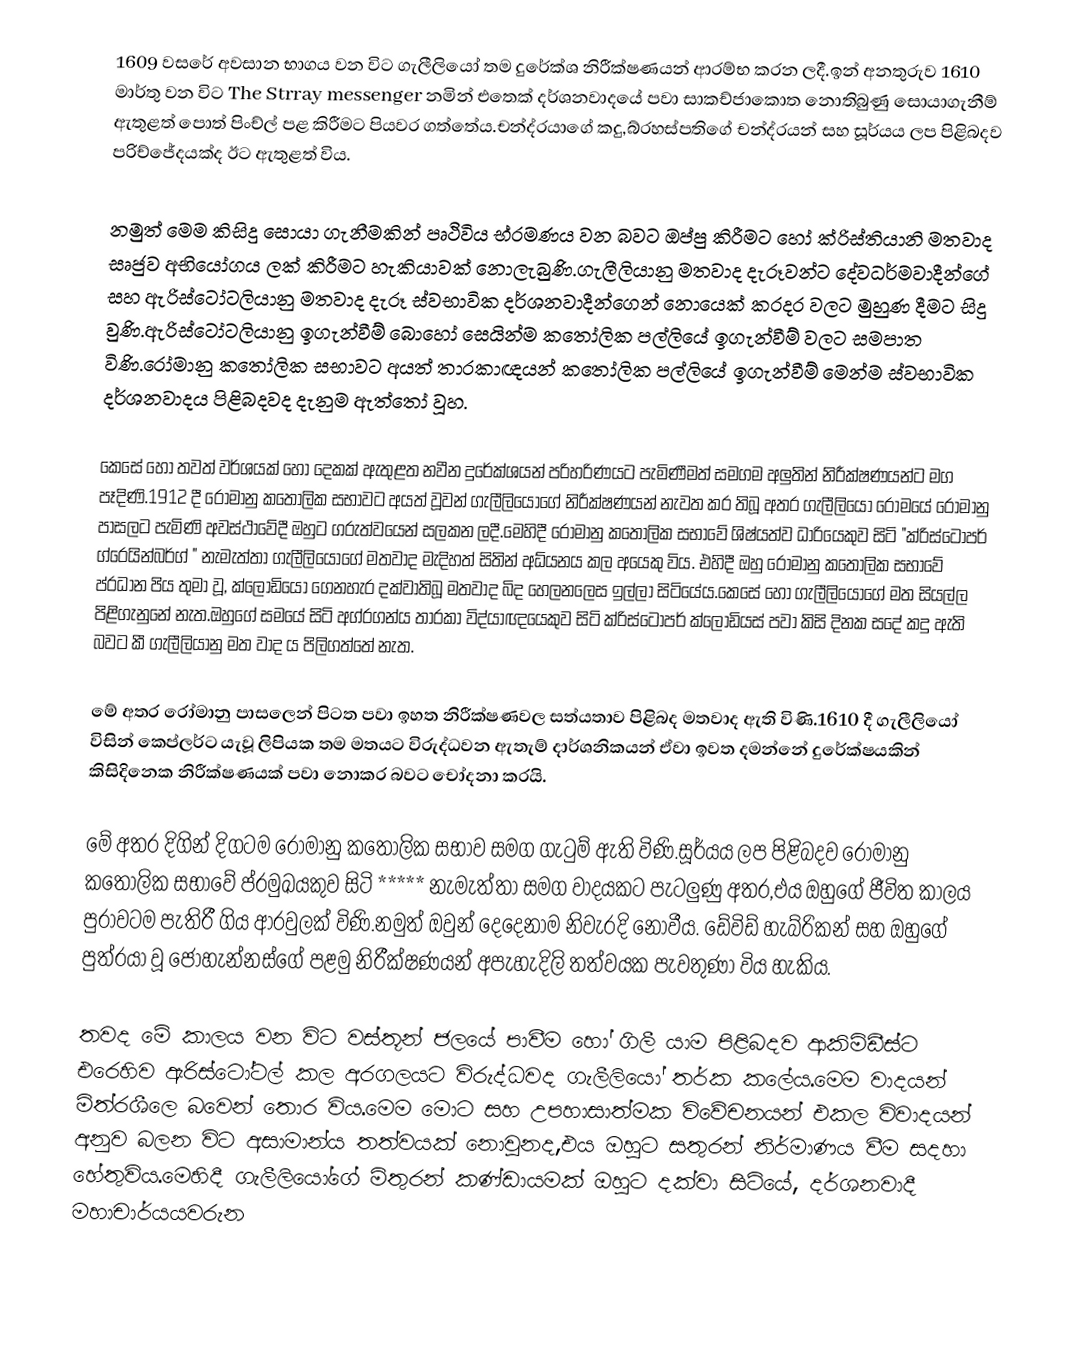
1609 වසරේ අවසාන භාගය වන විට ගැලීලියෝ තම දුරේක්ශ නිරීක්ෂණයන් ආරම්භ කරන ලදී.ඉන් අනතුරුව 1610 මාර්තු වන විට The Strray messenger නමින් එතෙක් දර්ශනවාදයේ පවා සාකච්ජාකොත නොතිබුණු සොයාගැනීම් ඇතුළත් පොත් පිංච්ල් පළ කිරීමට පියවර ගත්තේය.චන්ද්රයාගේ කදු,බ්රහස්පතිගේ චන්ද්රයන් සහ සූර්යය ලප පිළිබදව පරිච්ජේදයක්ද ඊට ඇතුළත් විය.

නමුත් මෙම කිසිදු සොයා ගැනීමකින් පෘථිවිය භ්රමණය වන බවට ඔප්පු කිරීමට හෝ ක්රිස්තියානි මතවාද සෘජුව අභියෝගය ලක් කිරීමට හැකියාවක් නොලැබුණි.ගැලීලියානු මතවාද දැරූවන්ට දේවධර්මවාදීන්ගේ සහ ඇරිස්ටෝටලියානු මතවාද දැරූ ස්වභාවික දර්ශනවාදීන්ගෙන් නොයෙක් කරදර වලට මුහුණ දීමට සිදු වුණි.ඇරිස්ටෝටලියානු ඉගැන්වීම් බොහෝ සෙයින්ම කතෝලික පල්ලියේ ඉගැන්වීම් වලට සමපාත විණි.රෝමානු කතෝලික සභාවට අයත් තාරකාඥයන් කතෝලික පල්ලියේ ඉගැන්වීම් මෙන්ම ස්වභාවික දර්ශනවාදය පිළිබදවද දැනුම ඇත්තෝ වූහ.

කෙසේ හෝ තවත් වර්ශයක් හෝ දෙකක් ඇතුළත නවීන දුරේක්ශයන් පරිහරිණයට පැමිණීමත් සමගම අලුතින් නිරීක්ෂණයන්ට මග පෑදිණි.1912 දී රෝමානු කතෝලික සභාවට අයත් වූවන් ගැලීලියෝගේ නිරීක්ෂණයන් නැවත කර තිබූ අතර ගැලීලියෝ රෝමයේ රෝමානු පාසලට පැමිණි අවස්ථාවේදී ඔහුට ගරුත්වයෙන් සලකන ලදී.මෙහිදී රෝමානු කතෝලික සභාවේ ශිෂ්යත්ව ධාරියෙකුව සිටි "ක්රිස්ටොපර් ග්රෙයින්බර්ග් " නැමැත්තා ගැලීලියෝගේ මතවාද මැදිහත් සිතින් අධ්යනය කල අයෙකු විය. එහිදී ඔහු රෝමානු කතෝලික සභාවේ ප්රධාන පිය තුමා වූ, ක්ලෝඩියෝ ගෙනහැර දක්වාතිබූ මතවාද බිද හෙලනලෙස ඉල්ලා සිටියේය.කෙසේ හෝ ගැලීලියෝගේ මත සියල්ල පිළිගැනුනේ නැත.ඔහුගේ සමයේ සිටි අග්රගන්ය තාරකා විද්යාඥයෙකුව සිටි ක්රිස්ටොපර් ක්ලෝඩියස් පවා කිසි දිනක සදේ කදු ඇති බවට කී ගැලීලියානු මත වාද ය පිලිගත්තේ නැත.

මේ අතර රෝමානු පාසලෙන් පිටත පවා ඉහත නිරීක්ෂණවල සත්යතාව පිළිබද මතවාද ඇති විණි.1610 දී ගැලීලියෝ විසින් කෙප්ලර්ට යැවූ ලිපියක තම මතයට විරුද්ධවන ඇතැම් දාර්ශනිකයන් ඒවා ඉවත දමන්නේ දුරේක්ෂයකින් කිසිදිනෙක නිරීක්ෂණයක් පවා නොකර බවට චෝදනා කරයි.

මේ අතර දිගින් දිගටම රෝමානු කතෝලික සභාව සමග ගැටුම් ඇති විණි.සූර්යය ලප පිළිබදව රෝමානු කතෝලික සභාවේ ප්රමුඛයකුව සිටි ***** නැමැත්තා සමග වාදයකට පැටලුණු අතර,එය ඔහුගේ ජීවිත කාලය පුරාවටම පැතිරී ගිය ආරවුලක් විණි.නමුත් ඔවුන් දෙදෙනාම නිවැරදි නොවීය. ඩේවිඩ් හැබ්රිකන් සහ ඔහුගේ පුත්රයා වූ ජොහැන්නස්ගේ පළමු නිරීක්ෂණයන් අපැහැදිලි තත්වයක පැවතුණා විය හැකිය.

තවද මේ කාලය වන විට වස්තූන් ජලයේ පාවීම  හෝ ගිලී යාම පිළිබදව  ආකිමිඩීස්ට එරෙහිව ඇරිස්ටෝටල් කල අරගලයට විරුද්ධවද ගැලීලියෝ තර්ක කලේය.මෙම වාදයන් මිත්රශීලෙ බවෙන් තොර විය.මෙම මොට සහ උපහාසාත්මක විවේචනයන් එකල විවාදයන් අනුව බලන විට අසාමාන්ය තත්වයක් නොවුනද,එය ඔහුට සතුරන් නිර්මාණය වීම සදහා හේතුවිය.මෙහිදී ගැලීලියෝගේ මිතුරන් කණ්ඩායමක් ඔහුට දක්වා සිටියේ, දර්ශනවාදී මහාචාර්යයවරුන